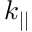
k _ { | | }